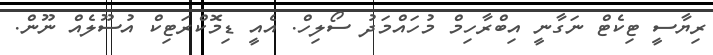
ރިޔާސީ ޓިކެޓް ނަގާނީ އިބްރާހިމް މުހައްމަދު ސޯލިހް. އެއީ ޑިމޮކްރަޓިކް އުސޫލެއް ނޫން.